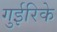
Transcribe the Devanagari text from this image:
गुईरिके